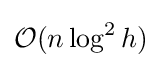
{\mathcal {O}}(n\log ^{2}h)